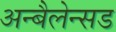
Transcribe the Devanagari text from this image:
अन्बैलेन्सड